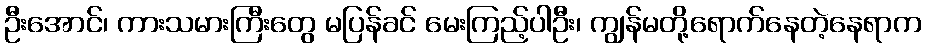
ဦးအောင်၊ ကားသမားကြီးတွေ မပြန်ခင် မေးကြည့်ပါဦး၊ ကျွန်မတို့ရောက်နေတဲ့နေရာက